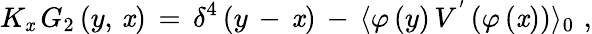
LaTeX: K_{\mathit{x}}\, G_{2}\, (y,\, \mathit{x})\, =\, \delta^{4}\, (y\, -\, \mathit{x})\, -\, \langle\varphi\, (y)\, V^{'}\, (\varphi\, (\mathit{x}))\rangle_{0}\, \, ,